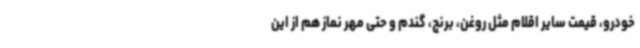
خودرو، قیمت سایر اقلام مثل روغن، برنج، گندم و حتی مهر نماز هم از این